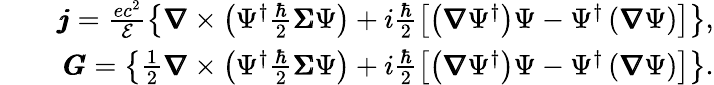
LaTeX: \begin{array}{rlr}&{}&{\pmb{j}=\frac{ec^{2}}{\mathcal{E}}\left\{ \pmb{\nabla}\times\left(\Psi^{\dagger}\frac{\hbar}{2}\pmb{\Sigma}\Psi\right)+i\frac{\hbar}{2}\left[\left(\pmb{\nabla}\Psi^{\dagger}\right)\Psi-\Psi^{\dagger}\left(\pmb{\nabla}\Psi\right)\right]\right\} ,}\\ &{}&{\pmb{G}=\left\{ \frac{1}{2}\pmb{\nabla}\times\left(\Psi^{\dagger}\frac{\hbar}{2}\pmb{\Sigma}\Psi\right)+i\frac{\hbar}{2}\left[\left(\pmb{\nabla}\Psi^{\dagger}\right)\Psi-\Psi^{\dagger}\left(\pmb{\nabla}\Psi\right)\right]\right\} .}\end{array}